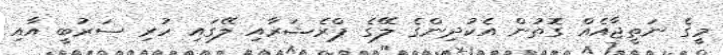
މީގެ ނަތީޖާއެއް ގޮތުން އެކުދިންގެ ލޭގެ ޕްރެޝަރާއި ލޭގައި ހުރި ސަރުބީ އާއި